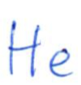
Text: He
Cross-out: clean
Writing tool: ballpoint